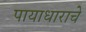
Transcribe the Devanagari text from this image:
पायाधाराचे